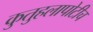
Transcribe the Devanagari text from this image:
कुतुहलापोटीच